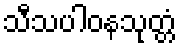
သီသပါဝနသုတ္တံ